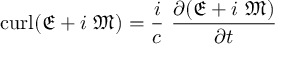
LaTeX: \operatorname { c u r l } ( { \mathfrak { E } } + i \ { \mathfrak { M } } ) = { \frac { i } { c } } \ { \frac { \partial ( { \mathfrak { E } } + i \ { \mathfrak { M } } ) } { \partial t } }